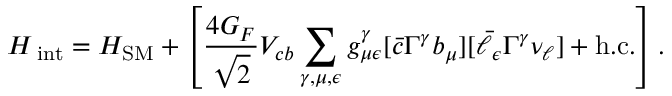
{ \cal H } _ { \mathrm { \tiny ~ i n t } } = { \cal H } _ { \mathrm { \tiny { S M } } } + \left[ { \frac { 4 G _ { F } } { \sqrt { 2 } } } V _ { c b } \sum _ { \gamma , \mu , \epsilon } g _ { \mu \epsilon } ^ { \gamma } [ { \bar { c } } \Gamma ^ { \gamma } b _ { \mu } ] [ { \bar { \ell } } _ { \epsilon } \Gamma ^ { \gamma } { \nu _ { \ell } } ] + \mathrm { h . c . } \right] .